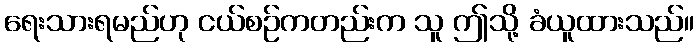
ရေးသားရမည်ဟု ငယ်စဉ်ကတည်းက သူ ဤသို့ ခံယူထားသည်။